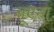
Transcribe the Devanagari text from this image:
बूएना